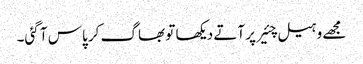
مجھے وہیل چئیر پر آتے دیکھا تو بھاگ کر پاس آ گئی۔